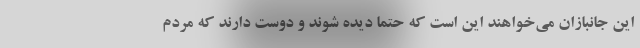
این جانبازان می‌خواهند این است که حتما دیده شوند و دوست دارند که مردم